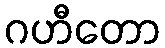
ဂဟီတော